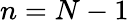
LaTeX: n=N-1